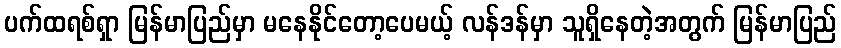
ပက်ထရစ်ရှာ မြန်မာပြည်မှာ မနေနိုင်တော့ပေမယ့် လန်ဒန်မှာ သူရှိနေတဲ့အတွက် မြန်မာပြည်